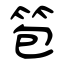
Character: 笣